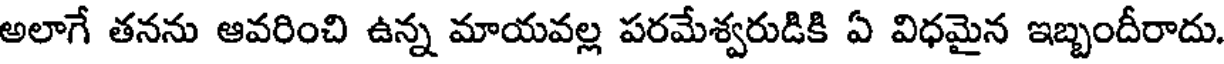
అలాగే తనను ఆవరించి ఉన్న మాయవల్ల పరమేశ్వరుడికి ఏ విధమైన ఇబ్బందీరాదు.